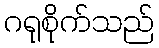
ဂရုစိုက်သည်